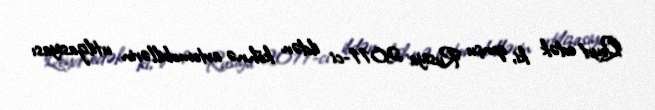
Qeyd edək ki, qonşu Rusiya 2011-ci ildən köhnə avtomobillərin utilizasiyası